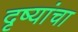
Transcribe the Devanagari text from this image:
दृष्यांचा